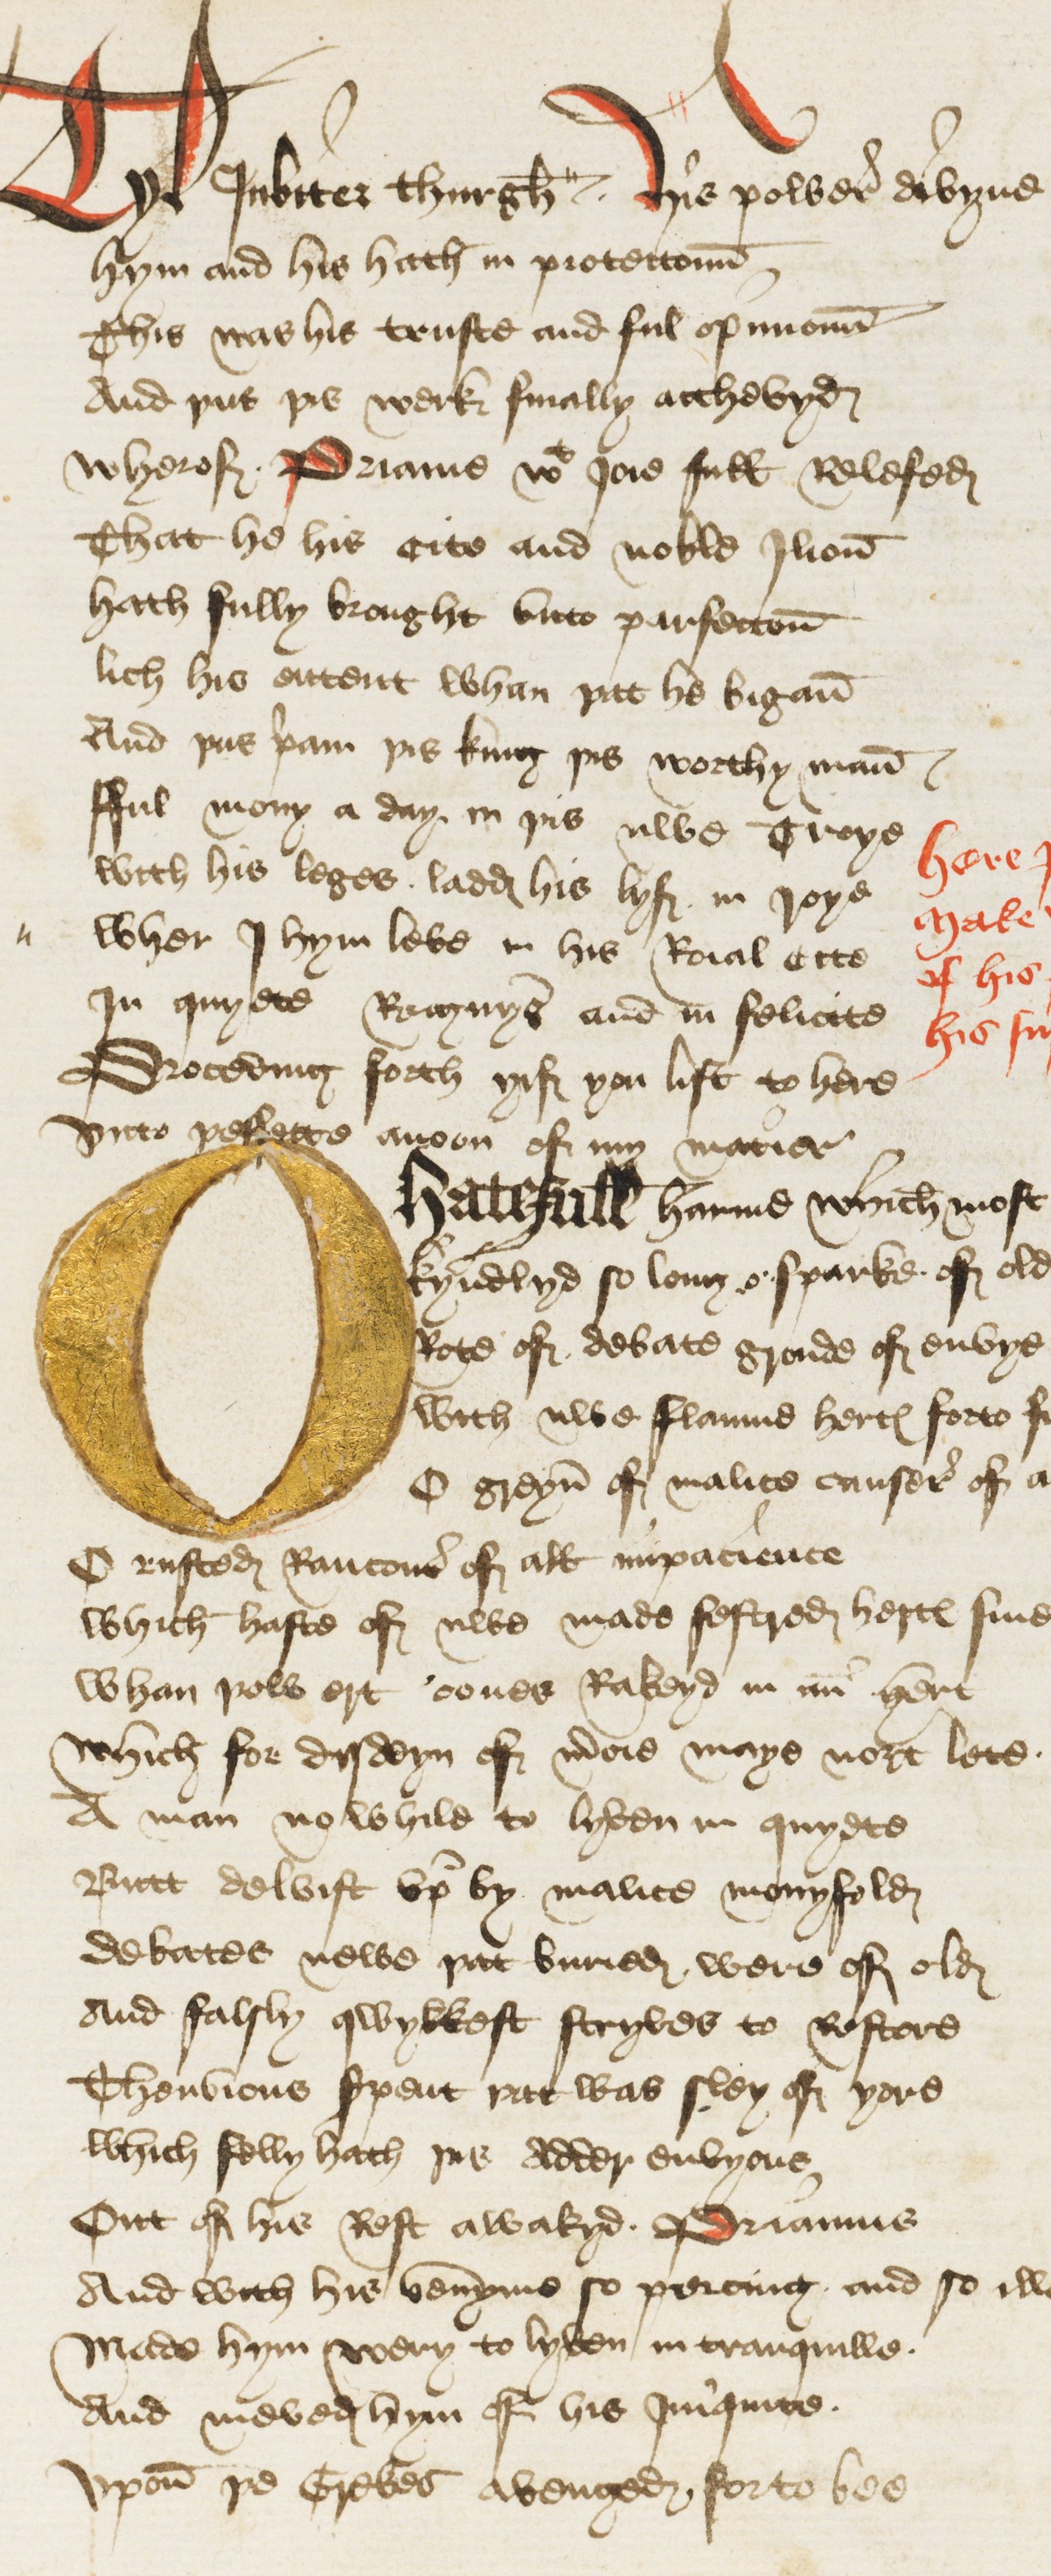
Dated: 1440–1460